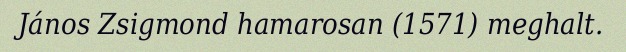
János Zsigmond hamarosan (1571) meghalt.